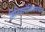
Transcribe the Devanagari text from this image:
मिनियापोलिसमधील